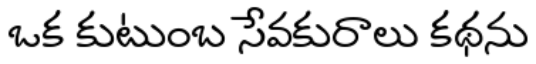
ఒక కుటుంబ సేవకురాలు కథను